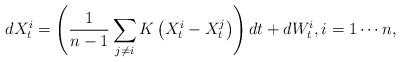
LaTeX: \begin{align*}d X_{t}^{ i}=\left(\frac{1}{n-1} \sum_{j \neq i} K\left(X_{t}^{ i}-X_{t}^{ j}\right)\right) d t+d W_{t}^{i},i=1\cdots n,\end{align*}